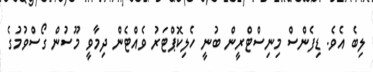
ލިބެ އެވެ. ޑިފެންސް މިނިސްޓްރީން ބުނީ ހެލިކޮޕްޓަރު ވެއްޓެން ދިމާވީ މޫސުން ގޯސްވުމުގެ